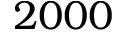
2 0 0 0